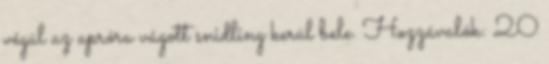
végül az apróra vágott snidling kerül bele. Hozzávalók: 20